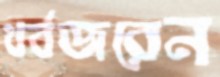
থর্বজরেন